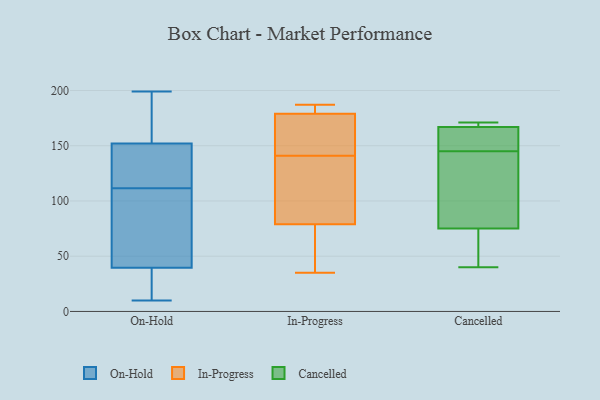
{"axis": {"x": "Revenue (USD Million)", "y": "Value"}, "legend": ["Cancelled", "In-Progress", "On-Hold"], "data": [{"x": "", "y": 143, "type": "On-Hold"}, {"x": "", "y": 179, "type": "On-Hold"}, {"x": "", "y": 120, "type": "On-Hold"}, {"x": "", "y": 32, "type": "On-Hold"}, {"x": "", "y": 137, "type": "On-Hold"}, {"x": "", "y": 34, "type": "On-Hold"}, {"x": "", "y": 45, "type": "On-Hold"}, {"x": "", "y": 34, "type": "On-Hold"}, {"x": "", "y": 134, "type": "On-Hold"}, {"x": "", "y": 10, "type": "On-Hold"}, {"x": "", "y": 87, "type": "On-Hold"}, {"x": "", "y": 103, "type": "On-Hold"}, {"x": "", "y": 199, "type": "On-Hold"}, {"x": "", "y": 161, "type": "On-Hold"}, {"x": "", "y": 68, "type": "On-Hold"}, {"x": "", "y": 180, "type": "On-Hold"}, {"x": "", "y": 141, "type": "In-Progress"}, {"x": "", "y": 86, "type": "In-Progress"}, {"x": "", "y": 154, "type": "In-Progress"}, {"x": "", "y": 155, "type": "In-Progress"}, {"x": "", "y": 45, "type": "In-Progress"}, {"x": "", "y": 183, "type": "In-Progress"}, {"x": "", "y": 135, "type": "In-Progress"}, {"x": "", "y": 91, "type": "In-Progress"}, {"x": "", "y": 179, "type": "In-Progress"}, {"x": "", "y": 187, "type": "In-Progress"}, {"x": "", "y": 179, "type": "In-Progress"}, {"x": "", "y": 35, "type": "In-Progress"}, {"x": "", "y": 58, "type": "In-Progress"}, {"x": "", "y": 164, "type": "Cancelled"}, {"x": "", "y": 150, "type": "Cancelled"}, {"x": "", "y": 145, "type": "Cancelled"}, {"x": "", "y": 125, "type": "Cancelled"}, {"x": "", "y": 171, "type": "Cancelled"}, {"x": "", "y": 170, "type": "Cancelled"}, {"x": "", "y": 168, "type": "Cancelled"}, {"x": "", "y": 63, "type": "Cancelled"}, {"x": "", "y": 40, "type": "Cancelled"}, {"x": "", "y": 111, "type": "Cancelled"}, {"x": "", "y": 51, "type": "Cancelled"}]}